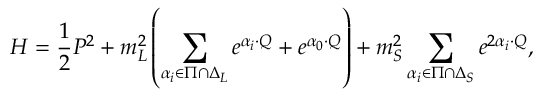
{ \cal H } = { \frac { 1 } { 2 } } P ^ { 2 } + m _ { L } ^ { 2 } \left( \sum _ { \alpha _ { i } \in \Pi \cap \Delta _ { L } } e ^ { \alpha _ { i } \cdot Q } + e ^ { \alpha _ { 0 } \cdot Q } \right) + m _ { S } ^ { 2 } \sum _ { \alpha _ { i } \in \Pi \cap \Delta _ { S } } e ^ { 2 \alpha _ { i } \cdot Q } ,